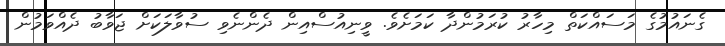
ގެނައުމުގެ މަސައްކަތް މިހާރު ކުރަމުންދާ ކަމަށެވެ. ވީނިއުސްއިން ދެންނެވި ސުވާލަކަށް ޖަވާބު ދެއްވަމުން